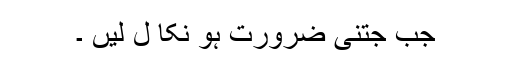
جب جتنی ضرورت ہو نکا ل لیں ۔